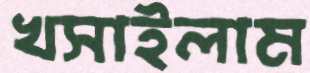
খসাইলাম